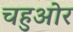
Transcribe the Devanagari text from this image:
चहुओर